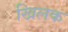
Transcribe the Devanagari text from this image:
खिलक